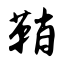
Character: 鞘